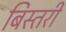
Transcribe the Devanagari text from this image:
बिस्तरी